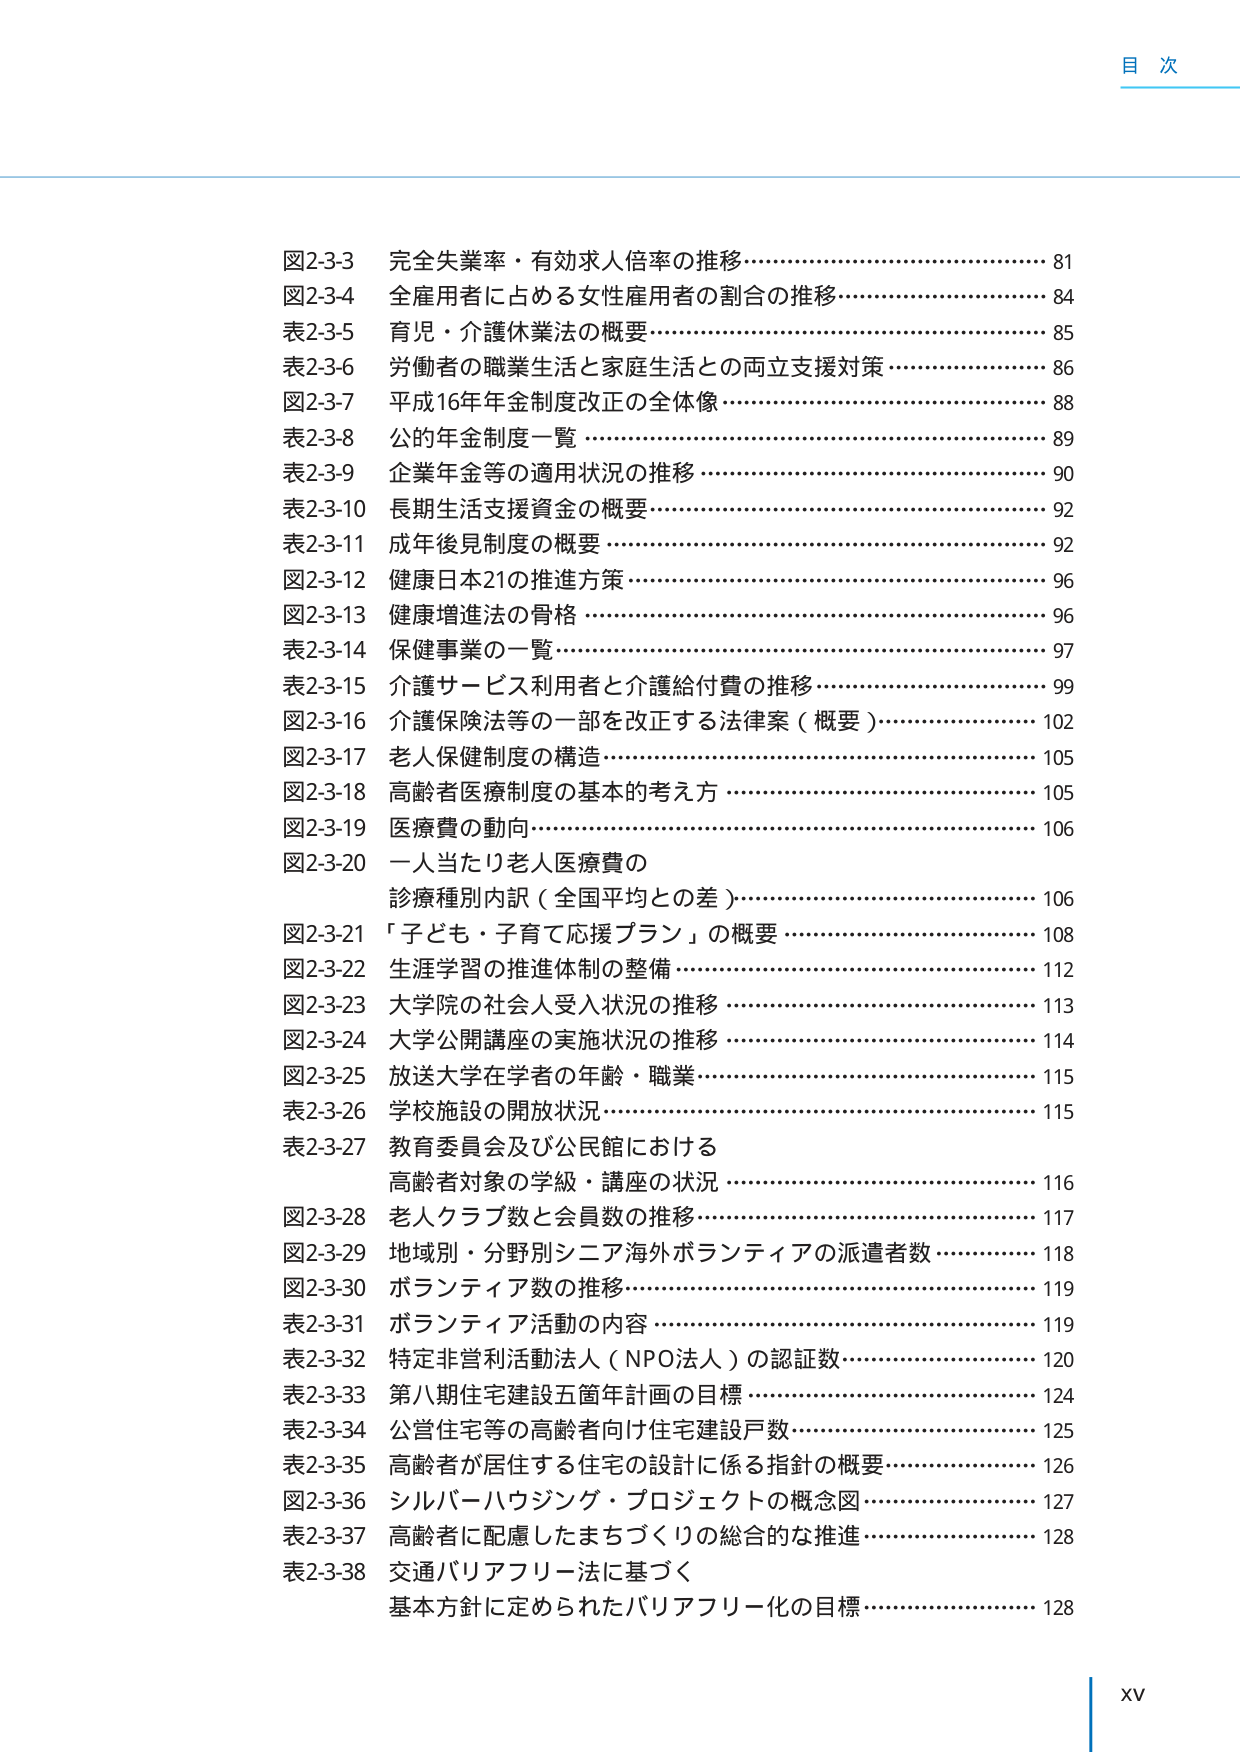
目 次

図2-3-3 完全失業率・有効求人倍率の推移……………………………………… 81
図2-3-4 全雇用者に占める女性雇用者の割合の推移…………………………… 84
表2-3-5 育児・介護休業法の概要……………………………………………… 85
表2-3-6 労働者の職業生活と家庭生活との両立支援対策……………………… 86
図2-3-7 平成16年年金制度改正の全体像……………………………………… 88
表2-3-8 公的年金制度一覧……………………………………………………… 89
表2-3-9 企業年金等の適用状況の推移………………………………………… 90
表2-3-10 長期生活支援資金の概要……………………………………………… 92
表2-3-11 成年後見制度の概要…………………………………………………… 92
図2-3-12 健康日本21の推進方策………………………………………………… 96
図2-3-13 健康増進法の骨格……………………………………………………… 96
表2-3-14 保健事業の一覧………………………………………………………… 97
表2-3-15 介護サービス利用者と介護給付費の推移…………………………… 99
図2-3-16 介護保険法等の一部を改正する法律案（概要）…………………… 102
図2-3-17 老人保健制度の構造…………………………………………………… 105
図2-3-18 高齢者医療制度の基本的考え方……………………………………… 105
図2-3-19 医療費の動向…………………………………………………………… 106
図2-3-20 一人当たり老人医療費の
診療種別内訳（全国平均との差）…………………………………………… 106
図2-3-21 「子ども・子育て応援プラン」の概要……………………………… 108
図2-3-22 生涯学習の推進体制の整備…………………………………………… 112
図2-3-23 大学院の社会人受入状況の推移……………………………………… 113
図2-3-24 大学公開講座の実施状況の推移……………………………………… 114
図2-3-25 放送大学在学者の年齢・職業………………………………………… 115
表2-3-26 学校施設の開放状況…………………………………………………… 115
表2-3-27 教育委員会及び公民館における
高齢者対象の学級・講座の状況……………………………………………… 116
図2-3-28 老人クラブ数と会員数の推移………………………………………… 117
図2-3-29 地域別・分野別シニア海外ボランティアの派遣者数………………… 118
図2-3-30 ボランティア数の推移………………………………………………… 119
表2-3-31 ボランティア活動の内容……………………………………………… 119
表2-3-32 特定非営利活動法人（NPO法人）の認証数………………………… 120
表2-3-33 第八期住宅建設五箇年計画の目標…………………………………… 124
表2-3-34 公営住宅等の高齢者向け住宅建設戸数……………………………… 125
表2-3-35 高齢者が居住する住宅の設計に係る指針の概要…………………… 126
図2-3-36 シルバーハウジング・プロジェクトの概念図………………………… 127
表2-3-37 高齢者に配慮したまちづくりの総合的な推進……………………… 128
表2-3-38 交通バリアフリー法に基づく
基本方針に定められたバリアフリー化の目標………………………………… 128

XV